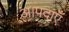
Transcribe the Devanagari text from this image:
आपदाएँ